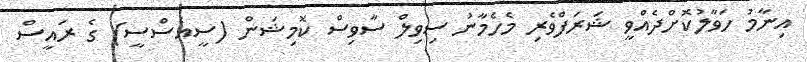
އިނާމު ހަވާލުކޮށްދެއްވީ ޝަރަފްވެރި މެހެމާނު ސިވިލް ސާވިސް ކޮމިޝަން (ސީއެސްސީ) ގެ ރައީސް